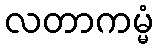
လတာကမ္မံ